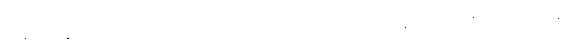
ဌာနာဌာနေ၊ အကြောင်းဟုတ်သည် မဟုတ်သည်၌။ ဉာဏံ၊ သိသောဉာဏ်လည်းကောင်း။ ဝိပါကေ၊